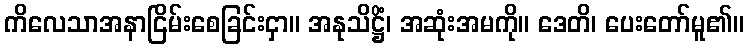
ကိလေသာအနာငြိမ်းစေခြင်းငှာ။ အနုသိဋ္ဌိံ၊ အဆုံးအမကို။ ဒေတိ၊ ပေးတော်မူ၏။